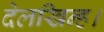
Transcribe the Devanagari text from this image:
देलखिन्ह।